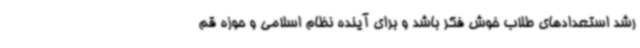
رشد استعدادهای طلاب خوش فکر باشد و برای آینده نظام اسلامی و حوزه قم